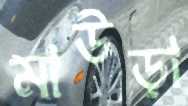
মাউড়া